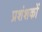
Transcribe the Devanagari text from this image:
प्रशंशकों